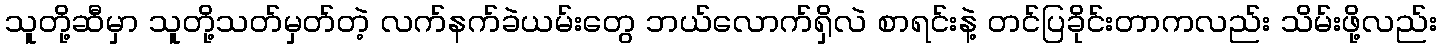
သူတို့ဆီမှာ သူတို့သတ်မှတ်တဲ့ လက်နက်ခဲယမ်းတွေ ဘယ်လောက်ရှိလဲ စာရင်းနဲ့ တင်ပြခိုင်းတာကလည်း သိမ်းဖို့လည်း